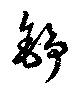
錚